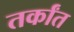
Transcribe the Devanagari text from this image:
तर्कांत